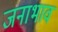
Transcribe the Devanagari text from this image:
जनाभाव